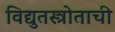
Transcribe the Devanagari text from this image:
विद्युतस्त्रोताची